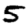
Digit: 5